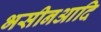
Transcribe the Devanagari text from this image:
भसीनआदि